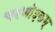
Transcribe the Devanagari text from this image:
चरणोदकम्